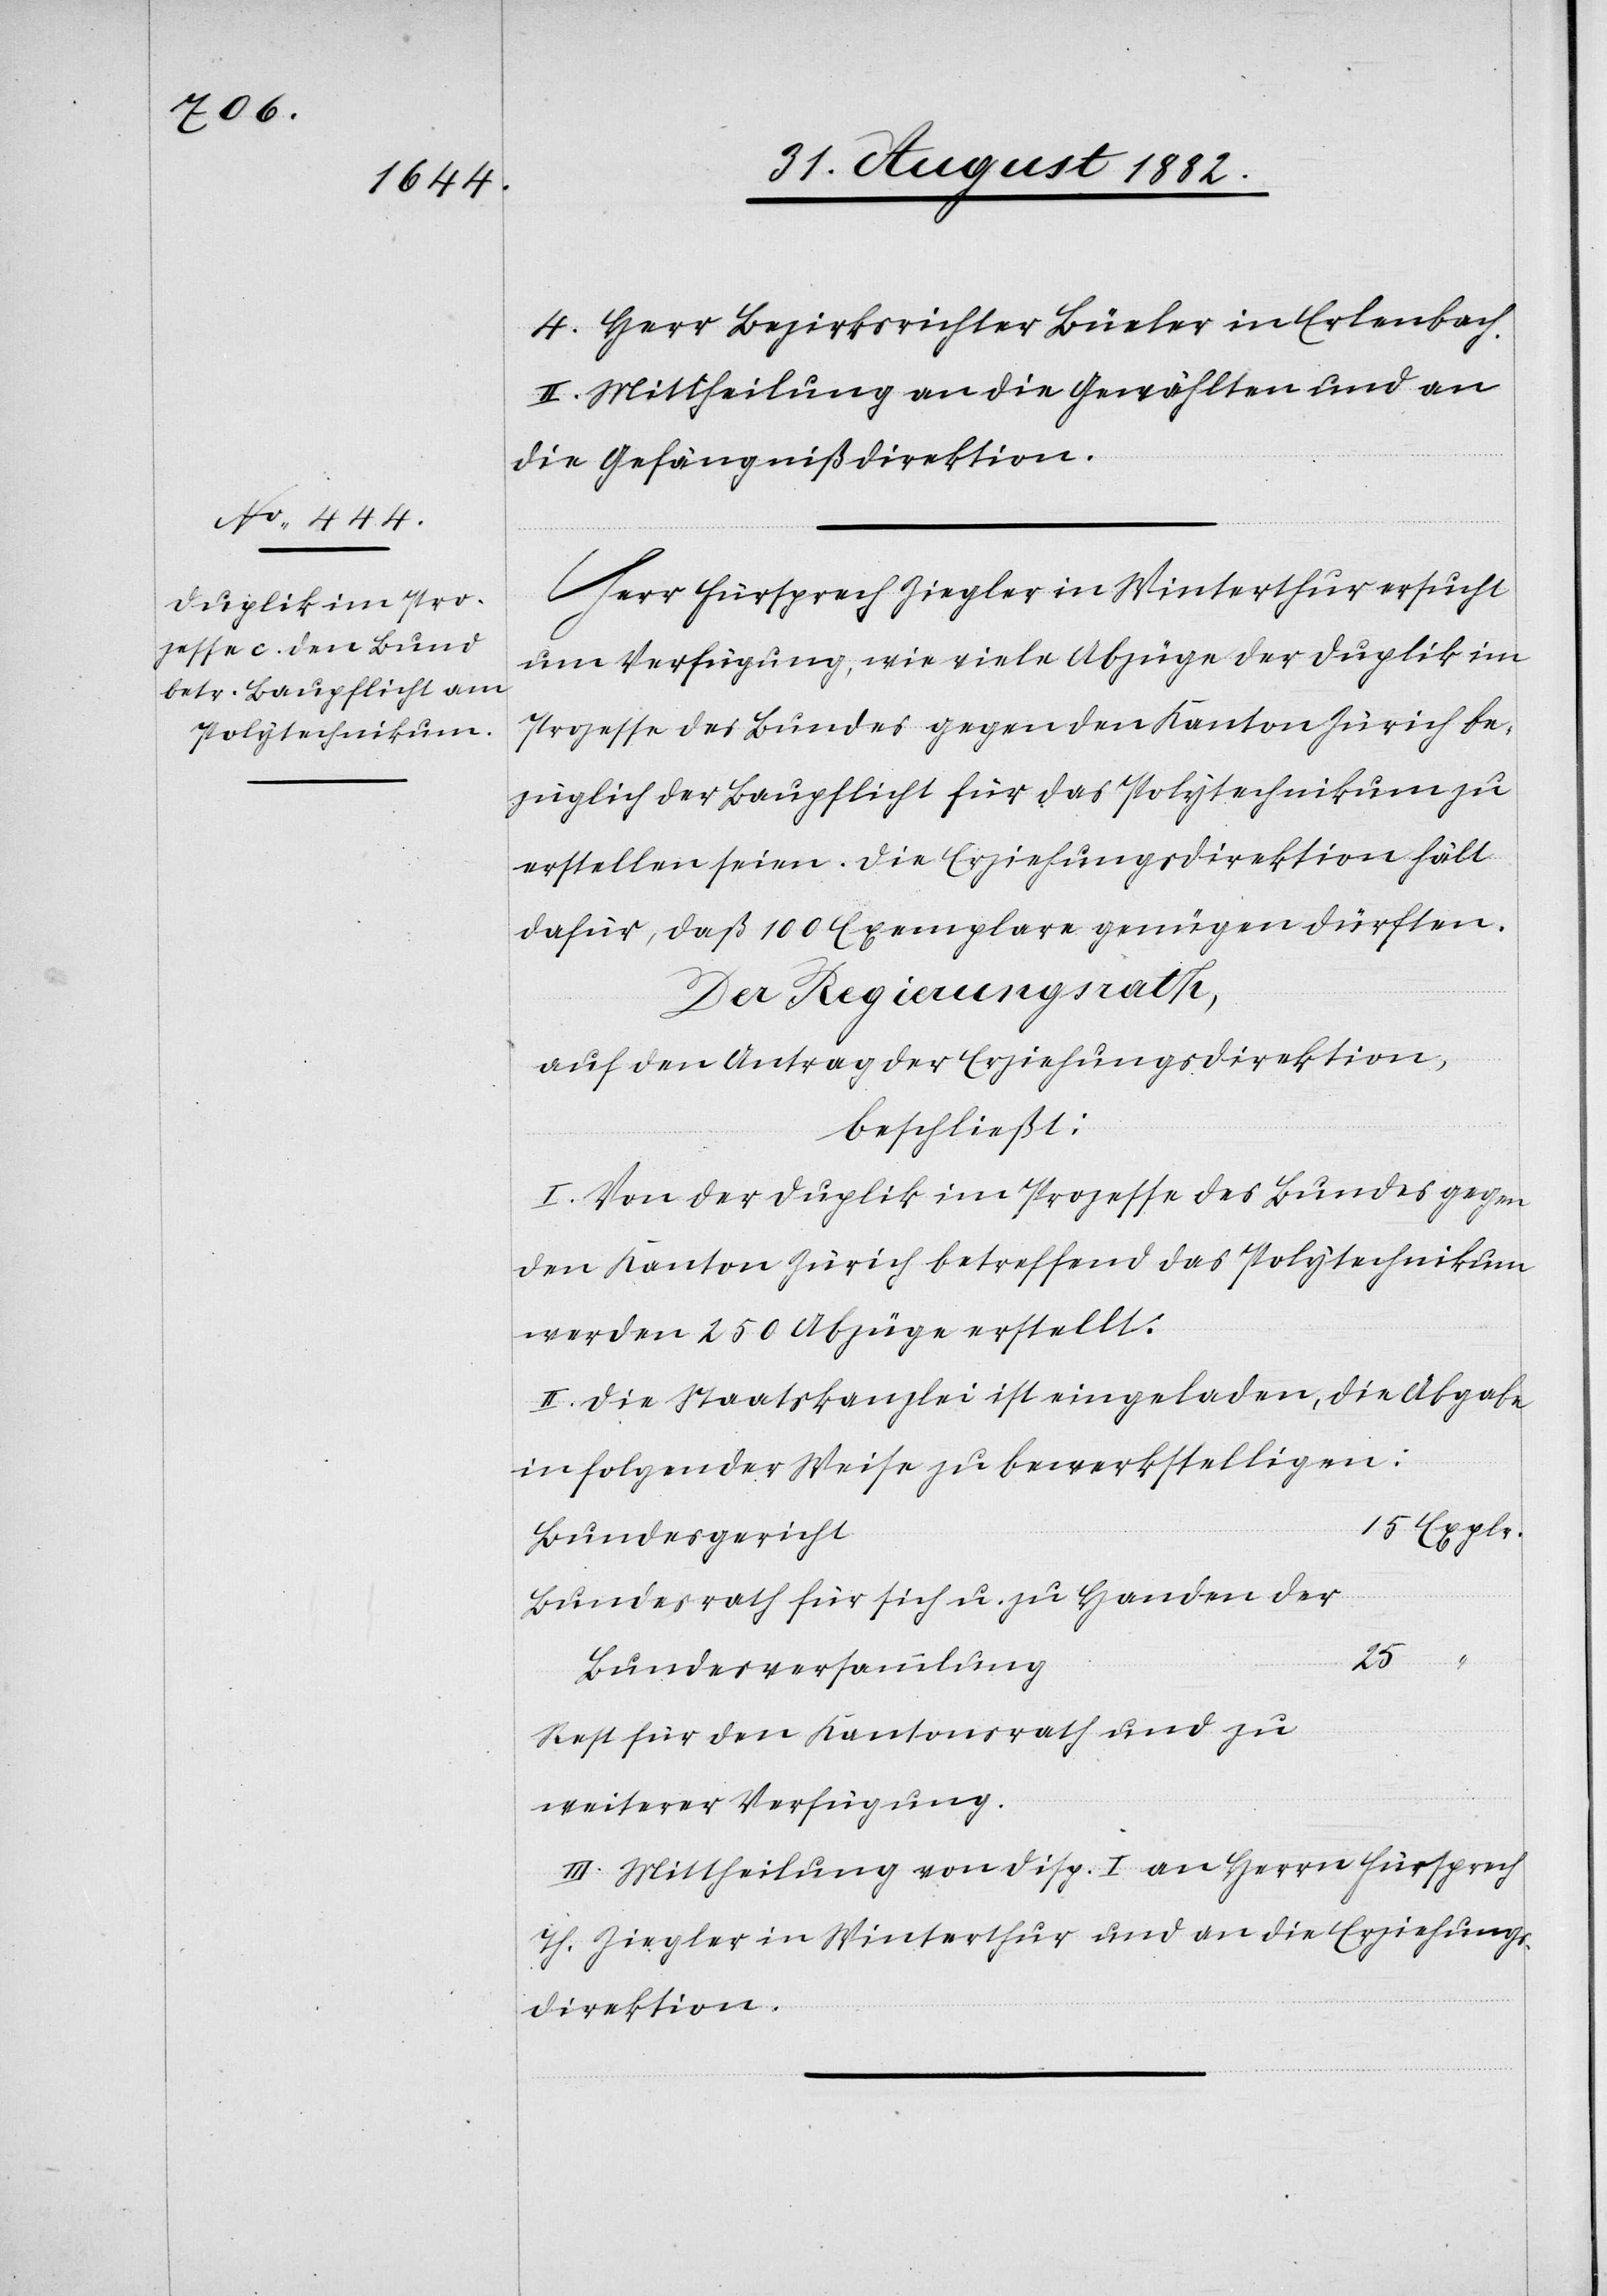
II. Mittheilung an die Gewählten und an
die Gefängnißdirektion.
Herr Fürsprech Ziegler in Winterthur ersucht
um Verfügung, wie viele Abzüge der Duplik im
Prozesse des Bundes gegen den Kanton Zürich be¬
züglich der Baupflicht für das Polytechnikum zu
erstellen seien. Die Erziehungsdirektion hält
dafür, daß 100 Exemplare genügen dürften.
Der Regierungsrath,
auf den Antrag der Erziehungsdirektion,
beschließt:
I. Von der Duplik im Prozesse des Bundes gegen
den Kanton Zürich betreffend das Polytechnikum
werden 250 Abzüge erstellt.
II. Die Staatskanzlei ist eingeladen, die Abgabe
in folgender Weise zu bewerkstelligen:
Explr.
Bundesgericht
Bundesrath für sich u. zu Handen der
25
Bundesversammlung
Rest für den Kantonsrath und zu
weiterer Verfügung.
II. Mittheilung von Disp. I an Herrn Fürsprech
Th. Ziegler in Winterthur und an die Erziehungs¬
direktion.